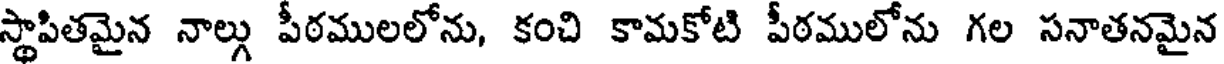
స్థాపితమైన నాల్లు పీఠములలోను, కంచి కామకోటి పీఠములోను గల సనాతనమైన